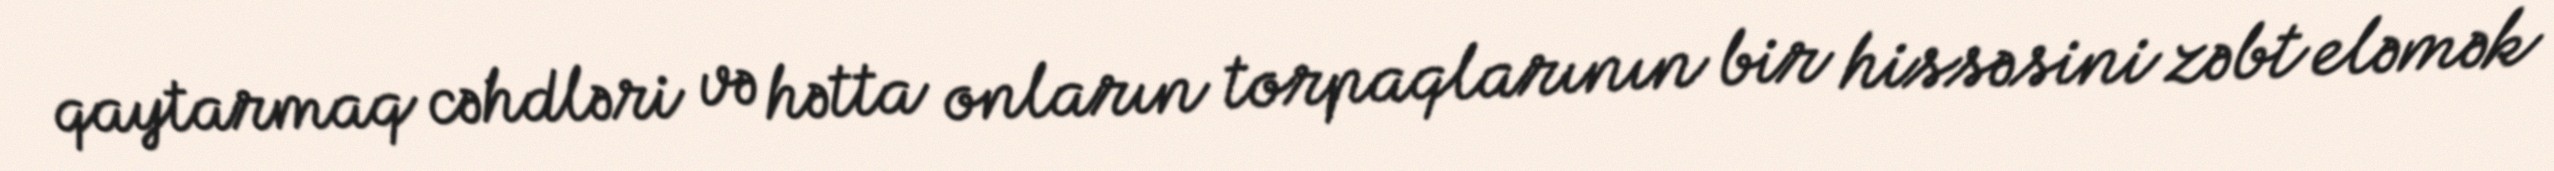
qaytarmaq cəhdləri və hətta onların torpaqlarının bir hissəsini zəbt eləmək